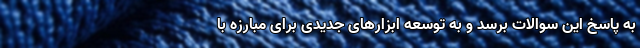
به پاسخ این سوالات برسد و به توسعه ابزارهای جدیدی برای مبارزه با